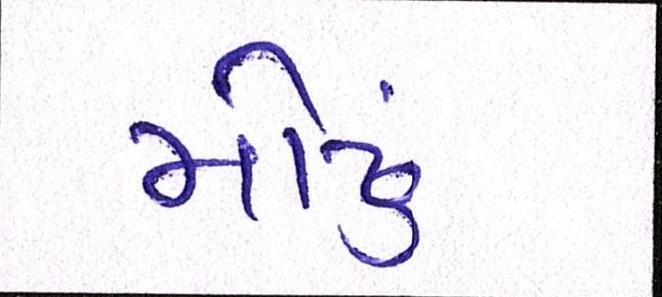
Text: મોઢું